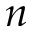
n